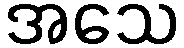
အသေ